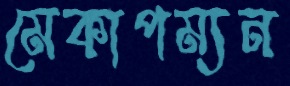
মেকাপম্যন